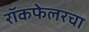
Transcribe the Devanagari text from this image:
रॉकफेलरचा